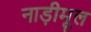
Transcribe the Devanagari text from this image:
नाड़ीमूल